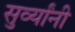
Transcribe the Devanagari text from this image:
सुर्व्यांनी